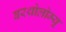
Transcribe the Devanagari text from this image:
बरथोलोम्यू